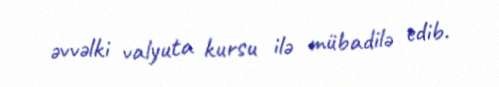
əvvəlki valyuta kursu ilə mübadilə edib.